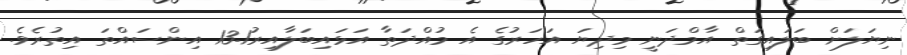
ނިޔަލަށް ބަލައިގަތް އާމްދަނީ މިދިޔަ އަހަރުގެ އެ މުއްދަތާ އަޅައިބަލާއިރު13.1 އިންސައްތަ އިތުރެވެ.